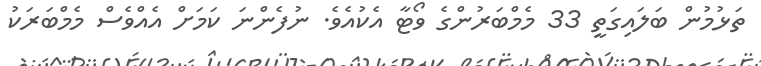
ތަޅުމުން ބަލައިގަތީ 33 މެމްބަރުންގެ ވޯޓާ އެކުއެވެ. ނުފެންނަ ކަމަށް އެއްވެސް މެމްބަރަކު